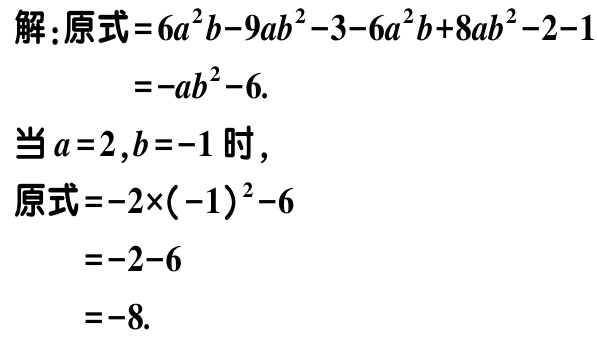
解：原式\(=6a^{2}b - 9ab^{2} - 3 - 6a^{2}b + 8ab^{2} - 2 - 1\)

\(=-ab^{2}-6.\)

当\(a = 2,b = -1\)时，

原式\(=-2\times(-1)^{2}-6\)

\(=-2 - 6\)

\(=-8.\)